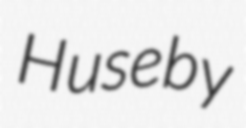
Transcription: Huseby